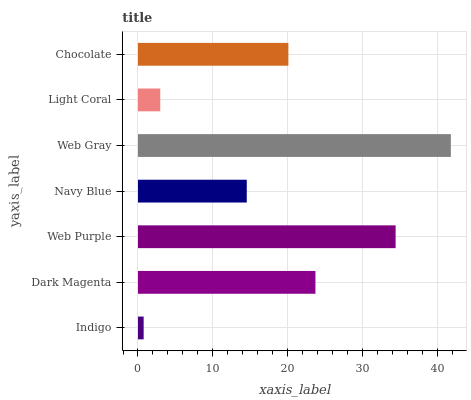
| yaxis_label | bars |
 | --- | --- |
 | Indigo | 0.757 |
 | Dark Magenta | 23.7 |
 | Web Purple | 34.4 |
 | Navy Blue | 14.5 |
 | Web Gray | 41.8 |
 | Light Coral | 2.97 |
 | Chocolate | 20.1 |